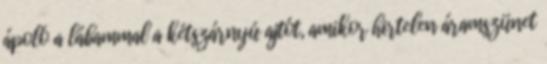
ápoló a lábammal a kétszárnyú ajtót, amikor hirtelen áramszünet